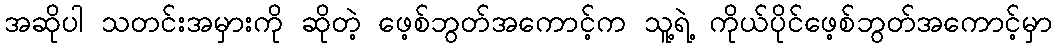
အဆိုပါ သတင်းအမှားကို ဆိုတဲ့ ဖေ့စ်ဘွတ်အကောင့်က သူ့ရဲ့ ကိုယ်ပိုင်ဖေ့စ်ဘွတ်အကောင့်မှာ